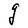
Character: g